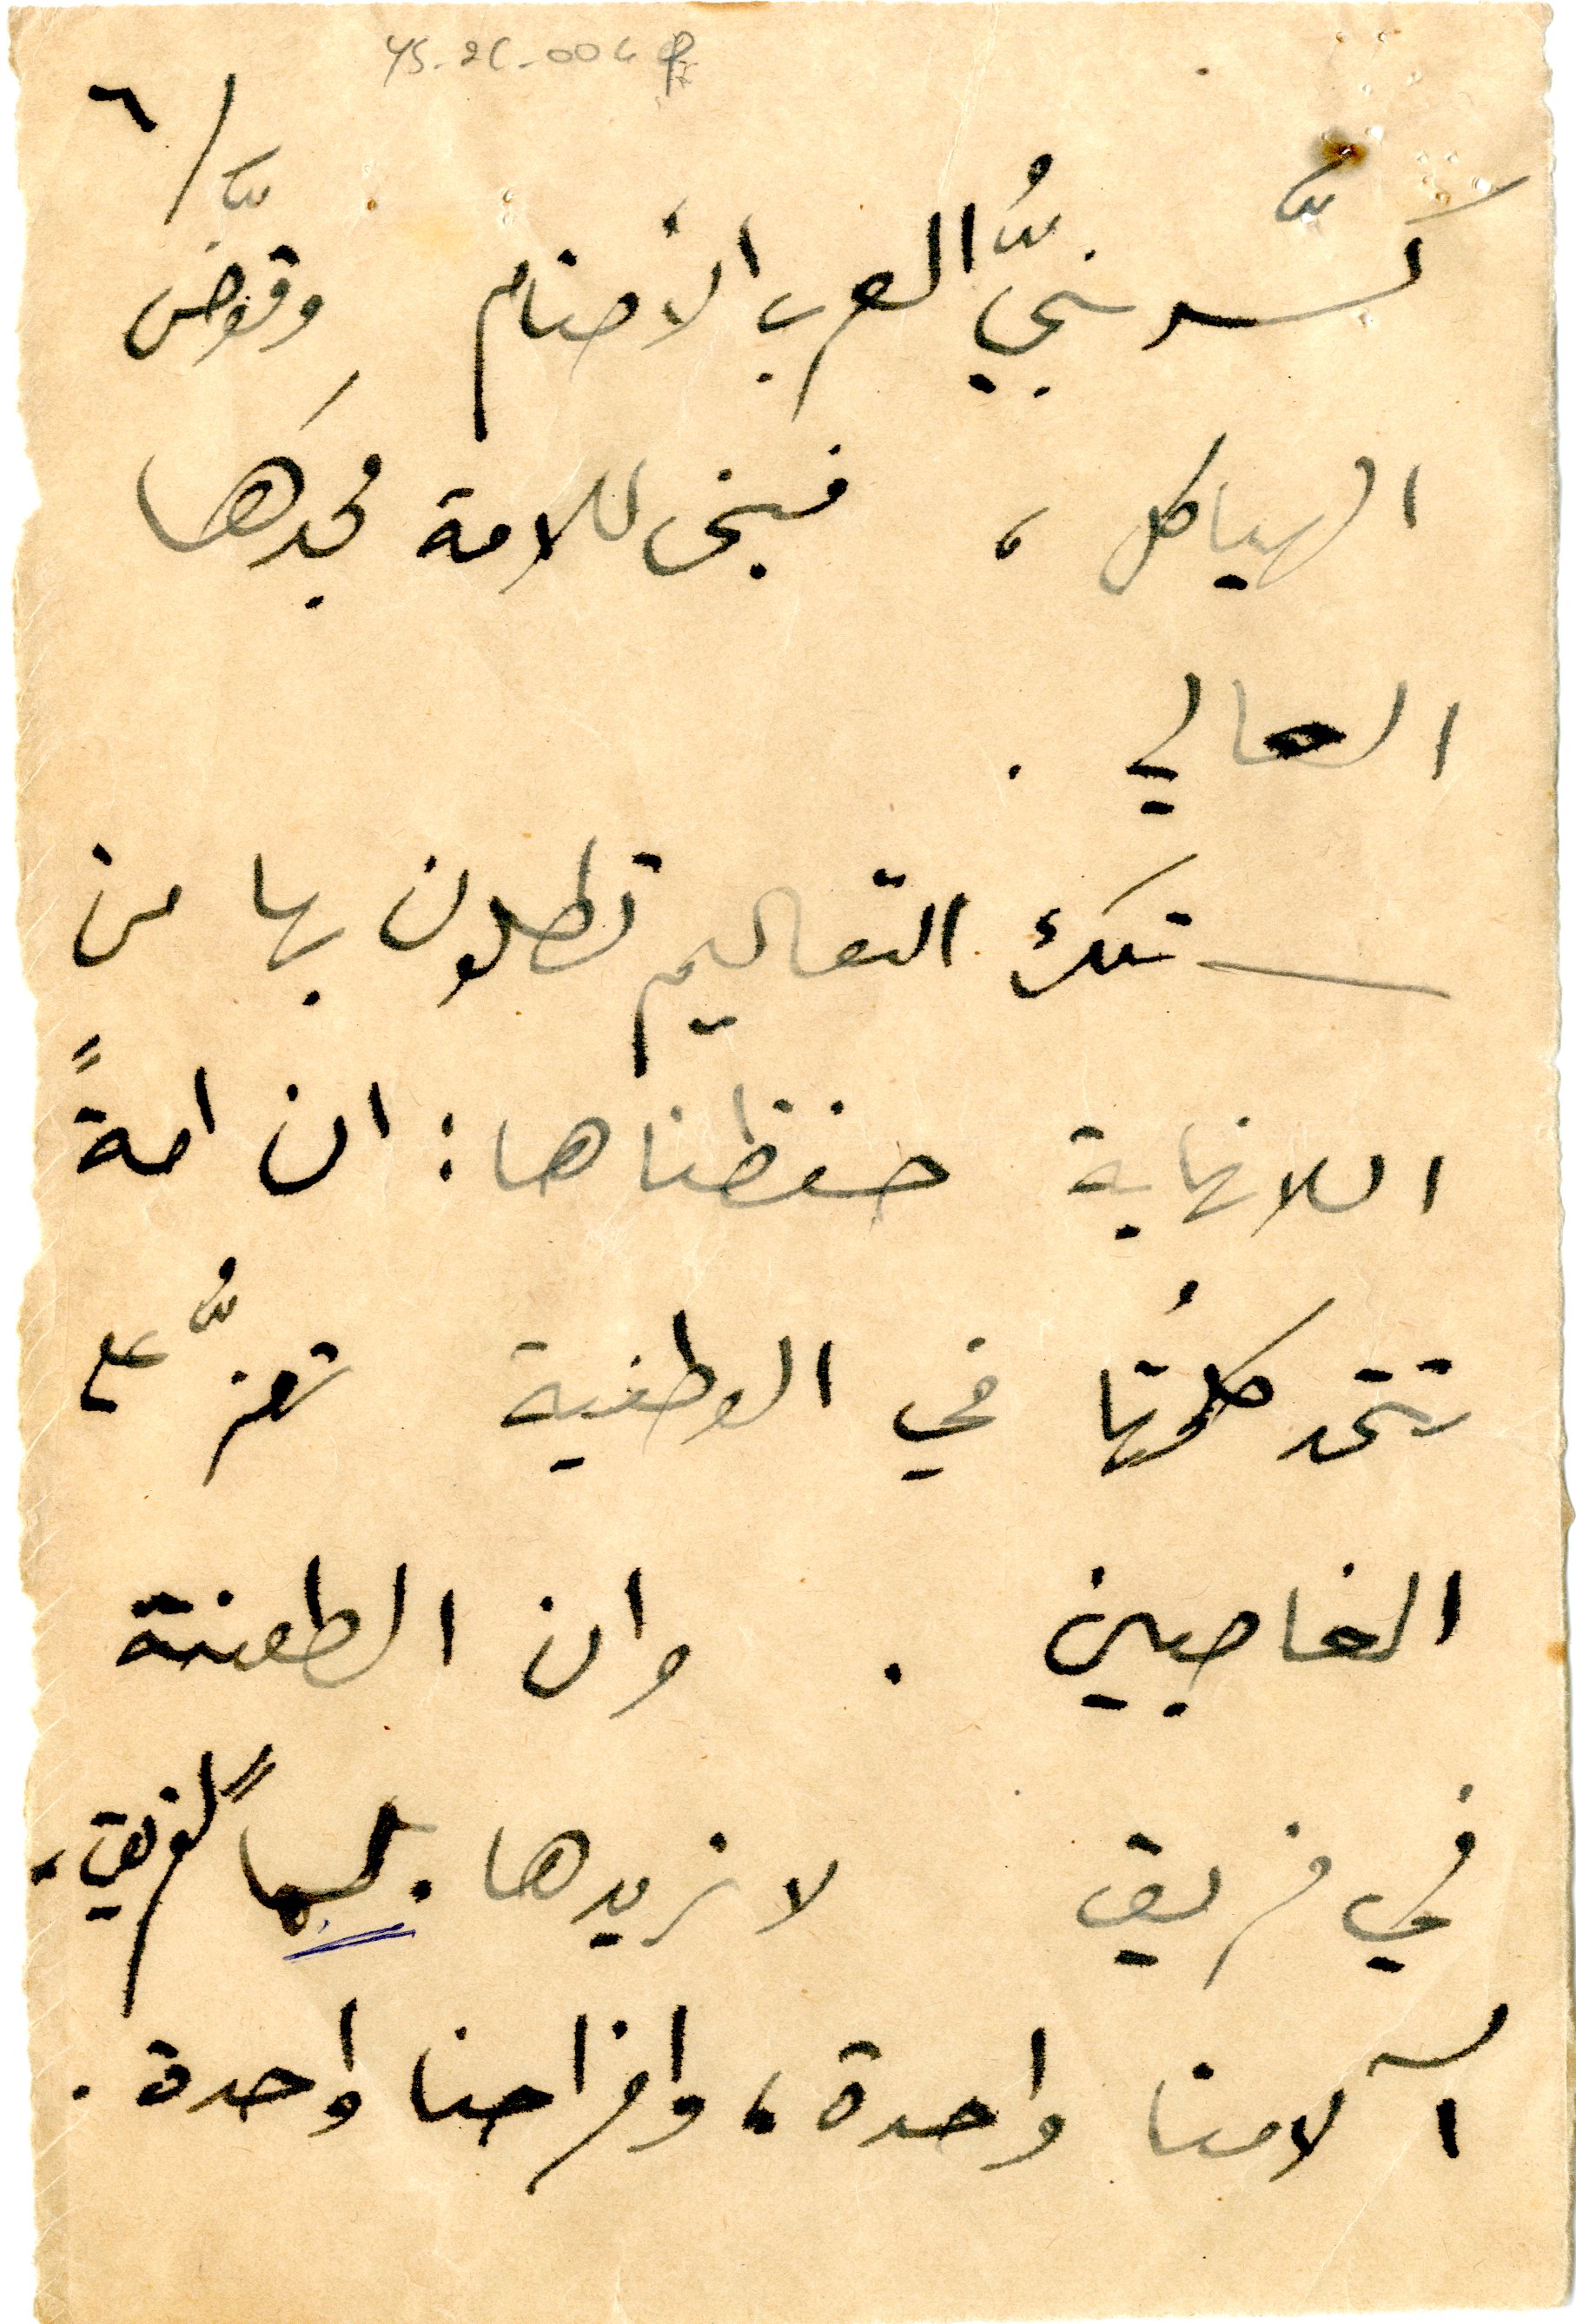
٦	YS_2C_004f
كسّر نبيُّ العرب الأصنام وقوَّض
الهياكل، فبنى للامة مجدَها
العالي.
تلك التعاليم تطلون بها من
اللانهاية حفظناها : ان امةً
تتحد كلمتُها في الوطنية تعزًّ على
الغاصبين. وان الطعنة
في فريق لا نريدها بلسما" لفريق
آلامنا واحدة، وافراحنا واحدة.